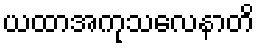
ယထာအကုသလေနာတိ